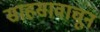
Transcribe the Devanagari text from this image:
साहसावाचून